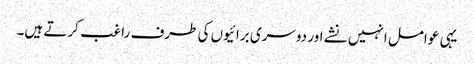
یہی عوامل انہیں نشے اور دوسری برائیوں کی طرف راغب کرتے ہیں۔